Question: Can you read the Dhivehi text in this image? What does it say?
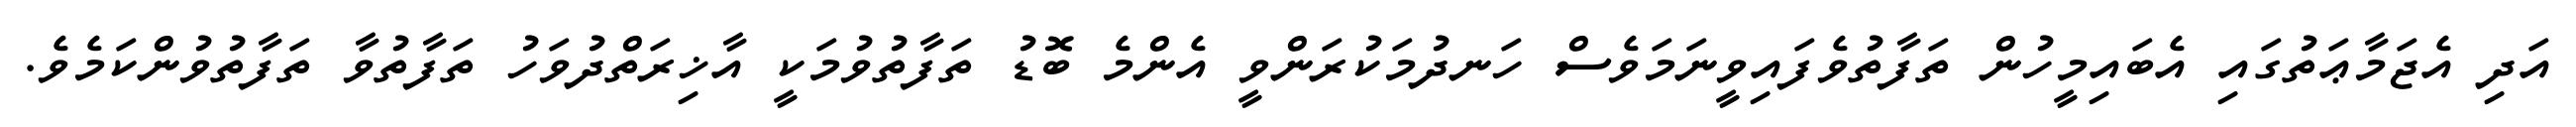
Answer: އަދި އެޖަމާޢަތުގައި އެބައިމީހުން ތަފާތުވެފައިވީނަމަވެސް ހަނދުމަކުރަންވީ އެންމެ ބޮޑު ތަފާތުވުމަކީ އާޚިރަތްދުވަހު ތަފާތުވާ ތަފާތުވުންކަމެވެ.